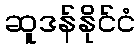
ဆူဒန်နိုင်ငံ